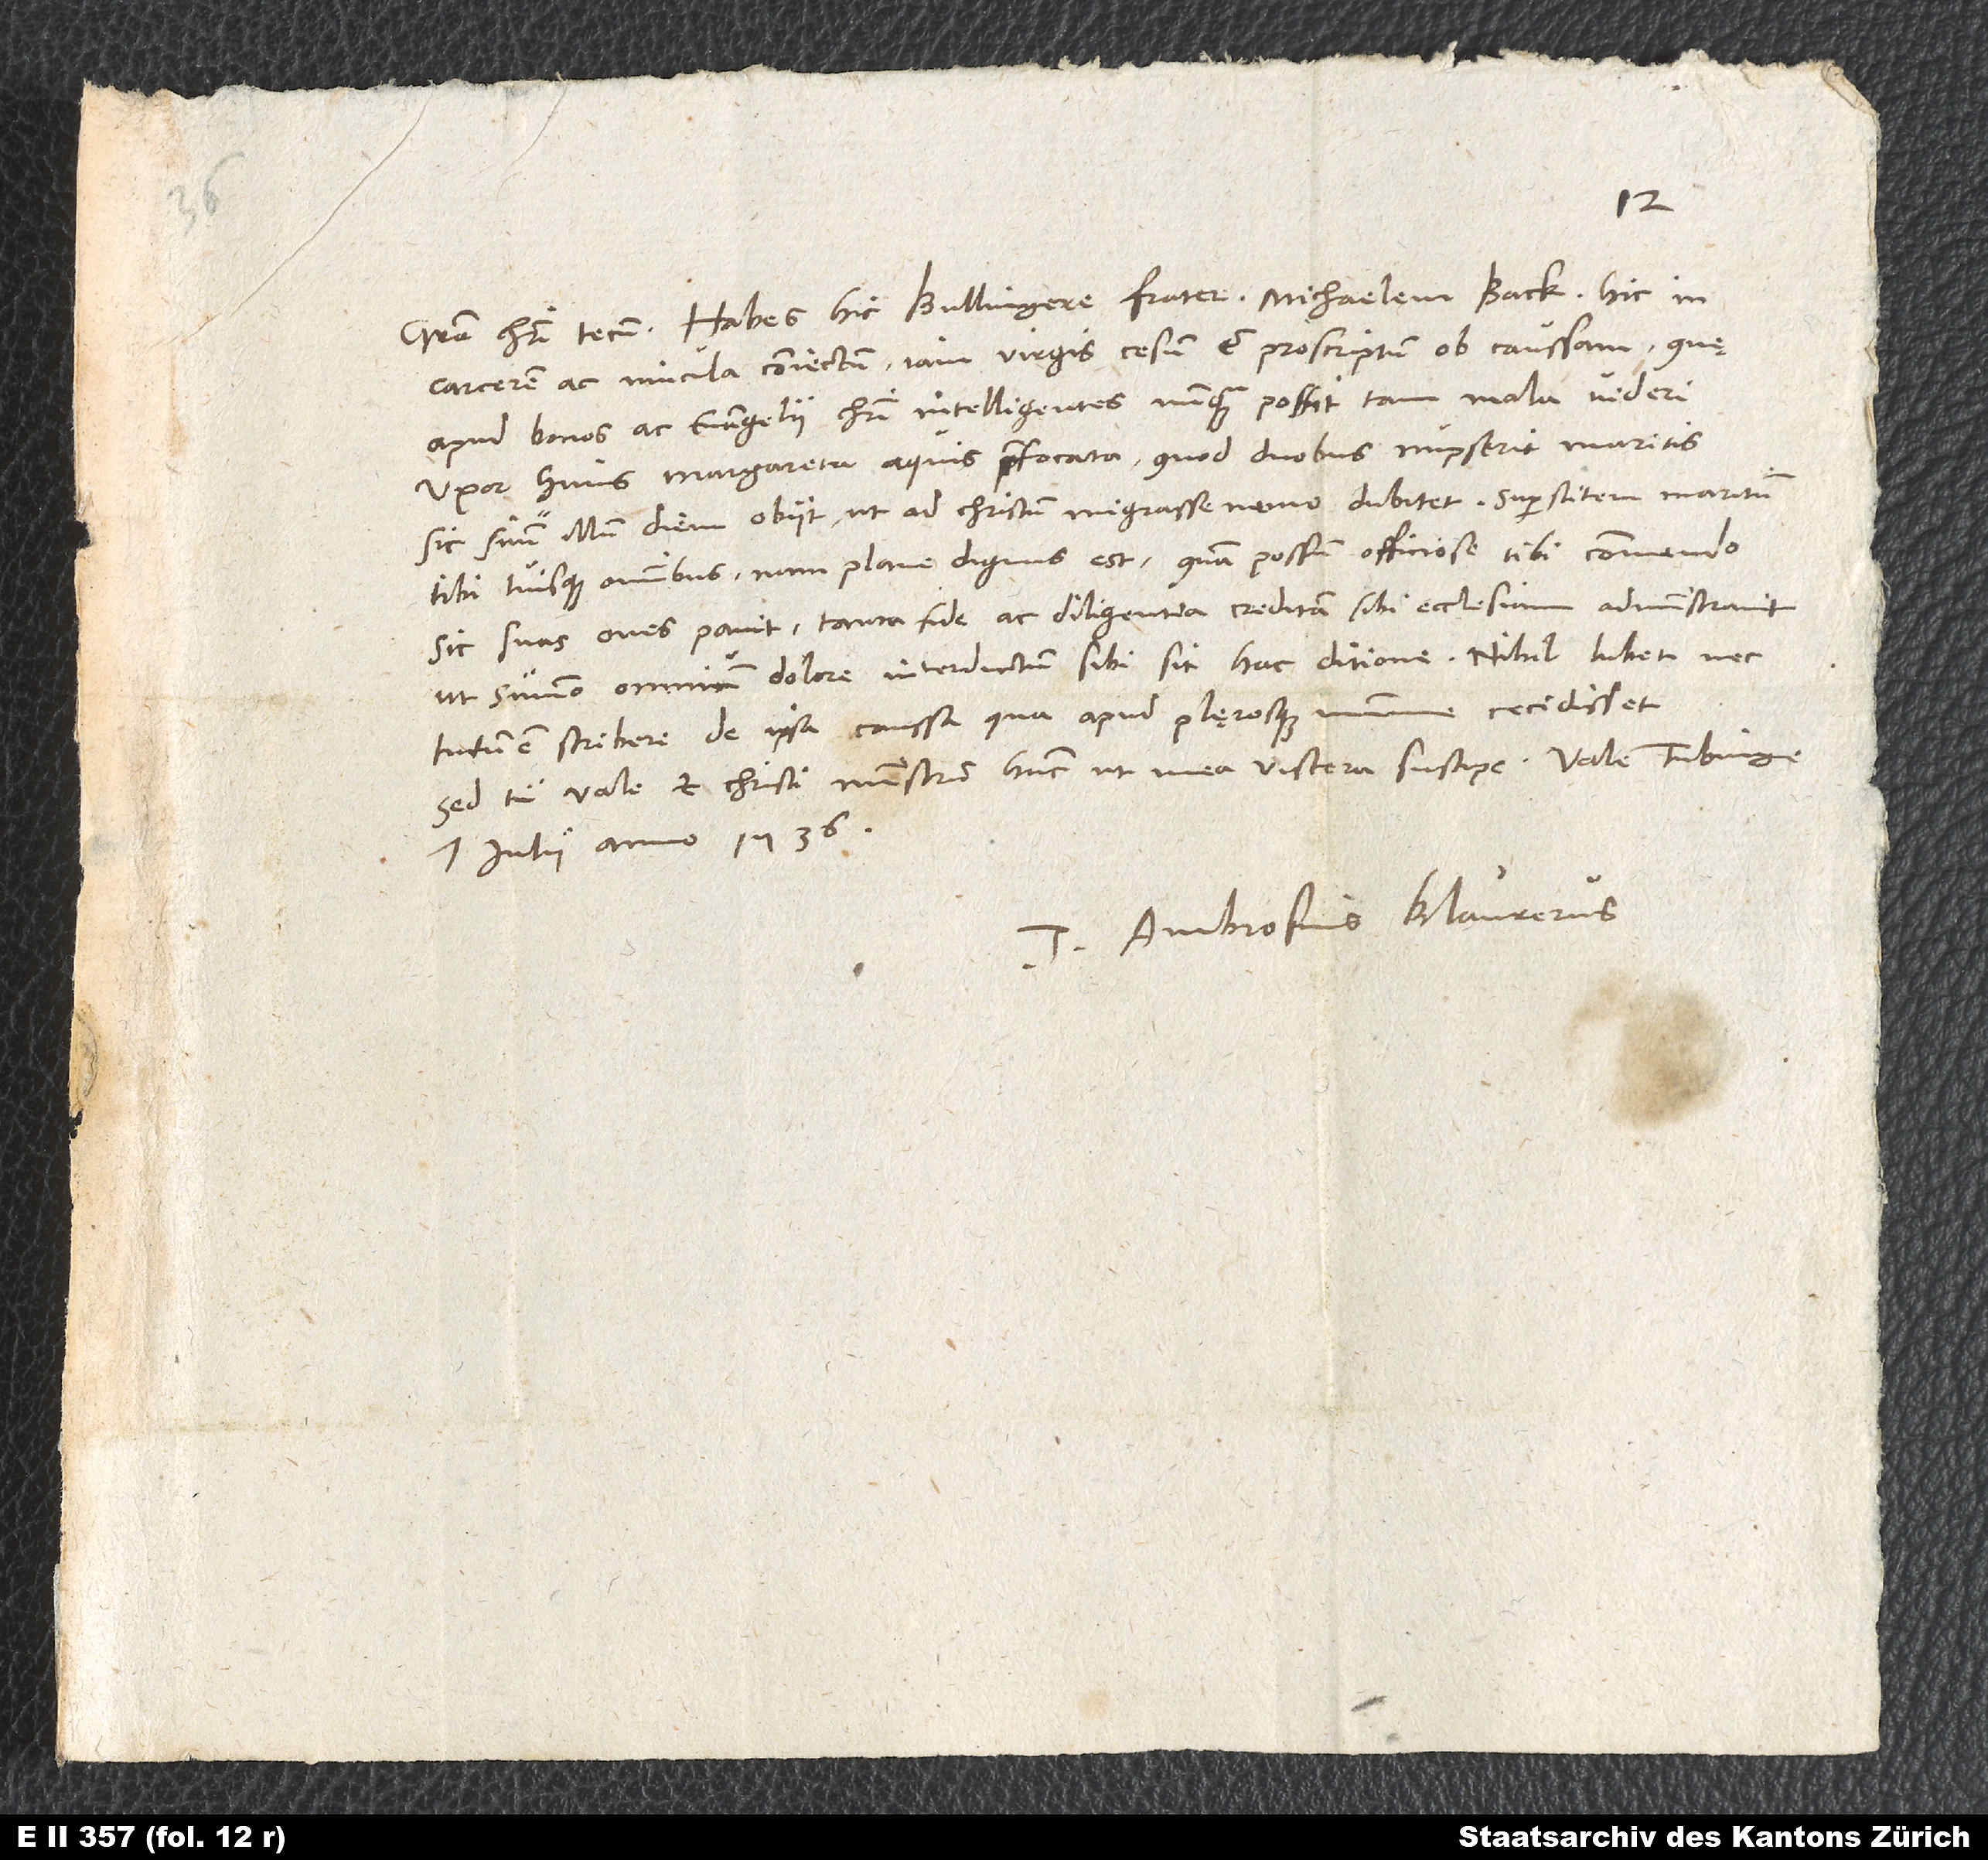
carcerem ac vincula coniectum, iam virgis cesum et proscriptum ob caussam, quę
apud bonos ac evangelii Christi intelligentes nunquam possit tam mala videri.
Uxor huius, Margareta, aquis praefocata, quod duobus nupserit maritis,
sic suum illum diem obiit, ut ad Christum migrasse nemo dubitet. Superstitem maritum
tibi tuisque omnibus, nam plane dignus est, quam possum officiose tibi commendo.
Sic suas oves pavit, tanta fide ac diligentia creditam sibi ecclesiam administravit,
ut summo omnium dolore interdictum sibi sit hac ditione. Nihil lubet nec
tutum est scribere de ipsa caussa, qua apud plęrosque minime cecidisset.
Sed tu vale et Christi ministrum hunc ut mea viscera suscipe.
7. iulii anno 1536.
Tuus Ambrosius Blaurerus.